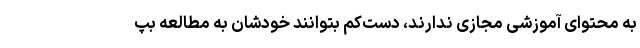
به محتوای آموزشی مجازی ندارند، دست‌کم بتوانند خودشان به مطالعه بپ